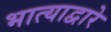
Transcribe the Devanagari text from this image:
भात्याद्वारे